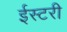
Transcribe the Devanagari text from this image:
ईस्टरी